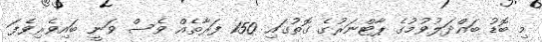
މި ބޮޑު ބައްދަލުވުމުގެ ޕާޓްނަރުގެ ގޮތުގައި 150 ފަރާތެއް ވެސް ވަނީ ބައިވެރިވެފަ